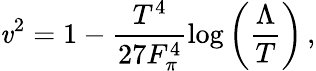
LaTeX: \mathit{v}^{2}=1-\frac{{T^{4}}}{{27F_{\pi}^{4}}}\log\left(\frac{{\Lambda}}{{T}}\right)\, ,